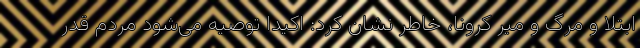
ابتلا و مرگ و میر کرونا، خاطر نشان کرد: اکیدا توصیه می‌شود مردم قدر